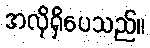
အလိုရှိပေသည်။